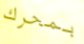
بمحرك